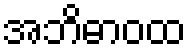
အဘိဓာဝထ